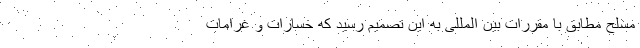
مسلح مطابق با مقررات بین المللی به این تصمیم رسید که خسارات و غرامات